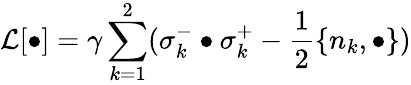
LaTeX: \mathcal{L}[\bullet]=\gamma\sum_{k=1}^{2}(\sigma_{k}^{-}\bullet\sigma_{k}^{+}-\frac{1}{2}\{ n_{k},\bullet\} )